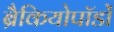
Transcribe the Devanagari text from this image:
ब्रैकियोपॉडों